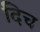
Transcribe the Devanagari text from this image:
दिच